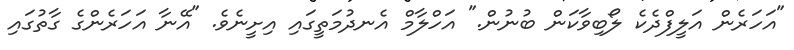
"އަހަރެން އަލީފްދެކެ ލޯބިވާކަން ބުނުން." އަހްލާމް އެނދުމަތީގައި އިށީނެވެ. "އޭނާ އަހަރެންގެ ގާތުގައި